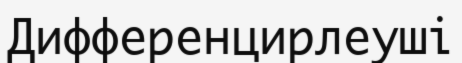
Дифференцирлеуші